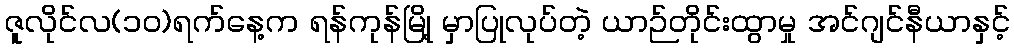
ဇူလိုင်လ(၁၀)ရက်နေ့က ရန်ကုန်မြို့ မှာပြုလုပ်တဲ့ ယာဉ်တိုင်းထွာမှု အင်ဂျင်နီယာနှင့်